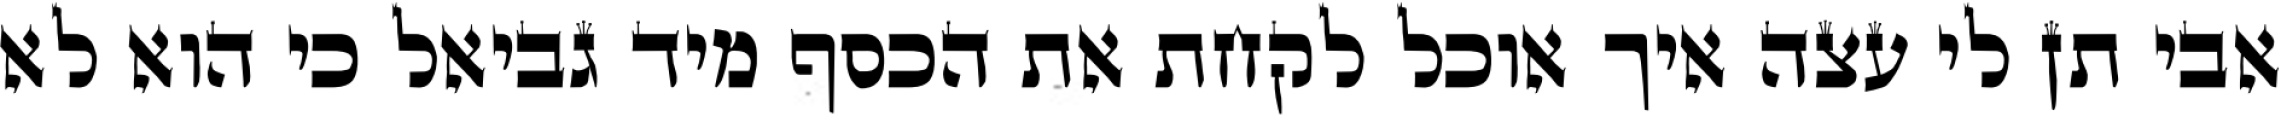
אבי תן לי עצה איך אוכל לקחת את הכסף מיד גביאל כי הוא לא